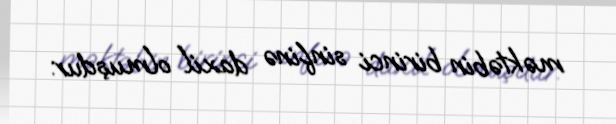
məktəbin birinci sinfinə daxil olmuşdur.